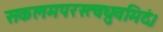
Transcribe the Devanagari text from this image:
सकलमपरस्त्वध्रुवमिदं।